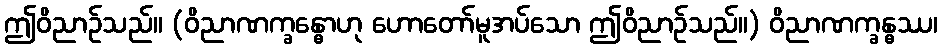
ဤဝိညာဉ်သည်။ (ဝိညာဏက္ခန္ဓောဟု ဟောတော်မူအပ်သော ဤဝိညာဉ်သည်။) ဝိညာဏက္ခန္ဓဿ၊